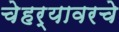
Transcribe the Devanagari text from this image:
चेहर्‍यावरचे